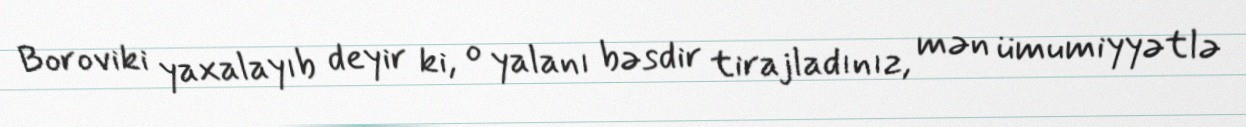
Boroviki yaxalayıb deyir ki, o yalanı bəsdir tirajladınız, mən ümumiyyətlə